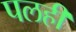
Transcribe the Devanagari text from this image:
पलही